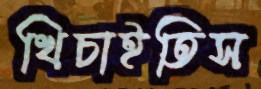
খিচাইতিস